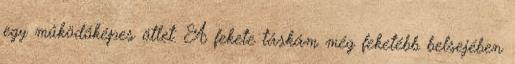
egy működőképes ötlet. A fekete táskám még feketébb belsejében